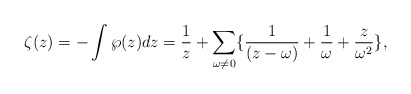
\begin{align*}\zeta(z) =-\int\wp(z)dz = \frac{1}{z} +\sum_{\omega\neq 0} \{ \frac{1}{(z-\omega)}+\frac{1}{\omega}+\frac{z}{\omega^2} \},\end{align*}